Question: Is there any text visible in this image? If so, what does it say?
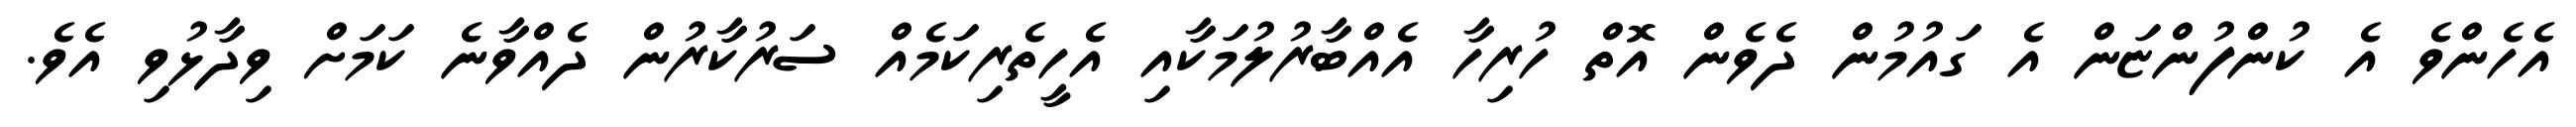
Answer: އެހެންވެ އެ ކުންފުންޏަން އެ ގައުމުން ދެވެން އޮތް ހުރިހާ އެއްބާރުލުމަކާއި އެހީތެރިކަމެއް ސަރުކާރުން ދެއްވާނެ ކަމަށް ވިދާޅުވި އެވެ.